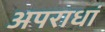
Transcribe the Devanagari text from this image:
अपराधां